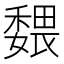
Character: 𡣉